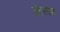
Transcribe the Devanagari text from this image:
रॉटरडम